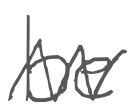
Text: be
Cross-out: zig-zag
Writing tool: digital_gray